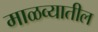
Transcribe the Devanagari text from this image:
माळव्यातील